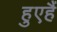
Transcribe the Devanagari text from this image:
हुएहैं